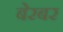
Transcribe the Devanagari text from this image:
बेरबर